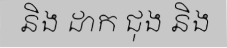
និង ដាក ជុង និង